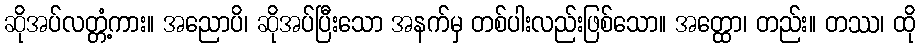
ဆိုအပ်လတ္တံ့ကား။ အညောပိ၊ ဆိုအပ်ပြီးသော အနက်မှ တစ်ပါးလည်းဖြစ်သော။ အတ္ထော၊ တည်း။ တဿ၊ ထို